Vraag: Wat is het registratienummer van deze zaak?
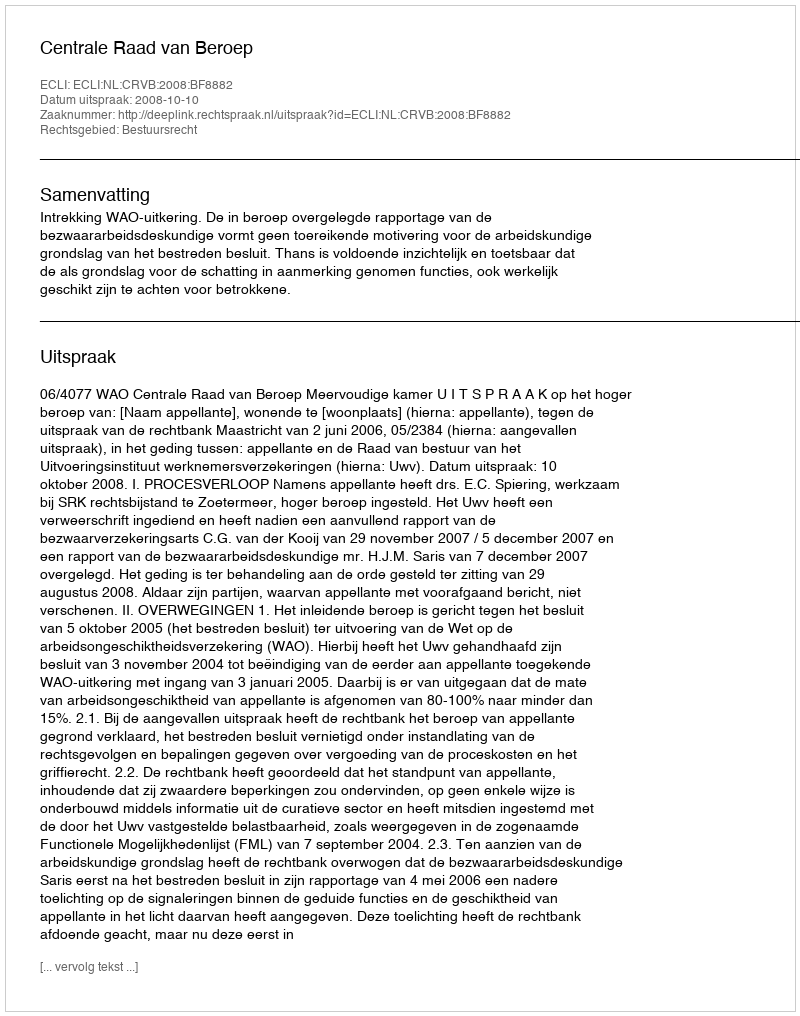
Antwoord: http://deeplink.rechtspraak.nl/uitspraak?id=ECLI:NL:CRVB:2008:BF8882